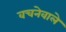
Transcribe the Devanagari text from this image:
वचनेवाले